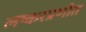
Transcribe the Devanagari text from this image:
लष्करप्रणीत